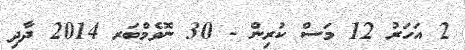
2 އަހަރު 12 މަސް ކުރިން - 30 ނޮވެމްބަރ 2014 ދާދި